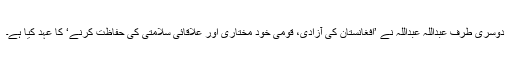
دوسری طرف عبداللہ عبداللہ نے ’افغانستان کی آزادی، قومی خود مختاری اور علاقائی سلامتی کی حفاظت کرنے‘ کا عہد کیا ہے۔